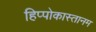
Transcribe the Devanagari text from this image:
हिप्पोकास्तानम